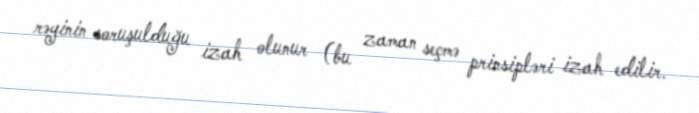
rəyinin soruşulduğu izah olunur (bu zaman seçmə prinsipləri izah edilir.